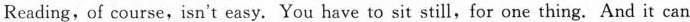
Reading,of course,isn't easy. You have to sit still,for one thing. And it can